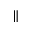
\parallel